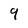
Character: 9